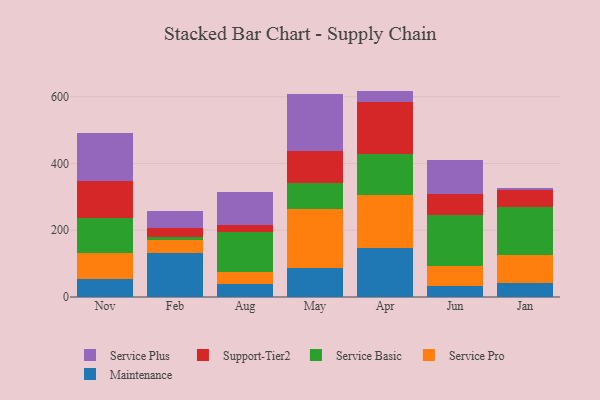
{"axis": {"x": "Month", "y": "Humidity (%)"}, "legend": ["Maintenance", "Service Basic", "Service Plus", "Service Pro", "Support-Tier2"], "data": [{"x": "Nov", "y": 55.4, "type": "Maintenance"}, {"x": "Nov", "y": 75.9, "type": "Service Pro"}, {"x": "Nov", "y": 105.6, "type": "Service Basic"}, {"x": "Nov", "y": 111.0, "type": "Support-Tier2"}, {"x": "Nov", "y": 142.6, "type": "Service Plus"}, {"x": "Feb", "y": 131.1, "type": "Maintenance"}, {"x": "Feb", "y": 39.8, "type": "Service Pro"}, {"x": "Feb", "y": 8.3, "type": "Service Basic"}, {"x": "Feb", "y": 28.6, "type": "Support-Tier2"}, {"x": "Feb", "y": 51.0, "type": "Service Plus"}, {"x": "Aug", "y": 39.2, "type": "Maintenance"}, {"x": "Aug", "y": 36.4, "type": "Service Pro"}, {"x": "Aug", "y": 118.8, "type": "Service Basic"}, {"x": "Aug", "y": 20.0, "type": "Support-Tier2"}, {"x": "Aug", "y": 101.4, "type": "Service Plus"}, {"x": "May", "y": 86.5, "type": "Maintenance"}, {"x": "May", "y": 176.3, "type": "Service Pro"}, {"x": "May", "y": 79.7, "type": "Service Basic"}, {"x": "May", "y": 94.8, "type": "Support-Tier2"}, {"x": "May", "y": 171.4, "type": "Service Plus"}, {"x": "Apr", "y": 145.8, "type": "Maintenance"}, {"x": "Apr", "y": 160.6, "type": "Service Pro"}, {"x": "Apr", "y": 120.9, "type": "Service Basic"}, {"x": "Apr", "y": 157.2, "type": "Support-Tier2"}, {"x": "Apr", "y": 33.2, "type": "Service Plus"}, {"x": "Jun", "y": 33.0, "type": "Maintenance"}, {"x": "Jun", "y": 60.7, "type": "Service Pro"}, {"x": "Jun", "y": 152.0, "type": "Service Basic"}, {"x": "Jun", "y": 61.7, "type": "Support-Tier2"}, {"x": "Jun", "y": 102.4, "type": "Service Plus"}, {"x": "Jan", "y": 43.3, "type": "Maintenance"}, {"x": "Jan", "y": 83.6, "type": "Service Pro"}, {"x": "Jan", "y": 143.7, "type": "Service Basic"}, {"x": "Jan", "y": 49.6, "type": "Support-Tier2"}, {"x": "Jan", "y": 5.7, "type": "Service Plus"}]}